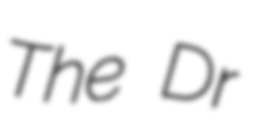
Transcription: The Dr